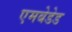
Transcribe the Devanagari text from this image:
एमबेडेड